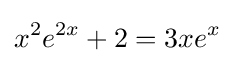
x^{2}e^{2x}+2=3xe^{x}